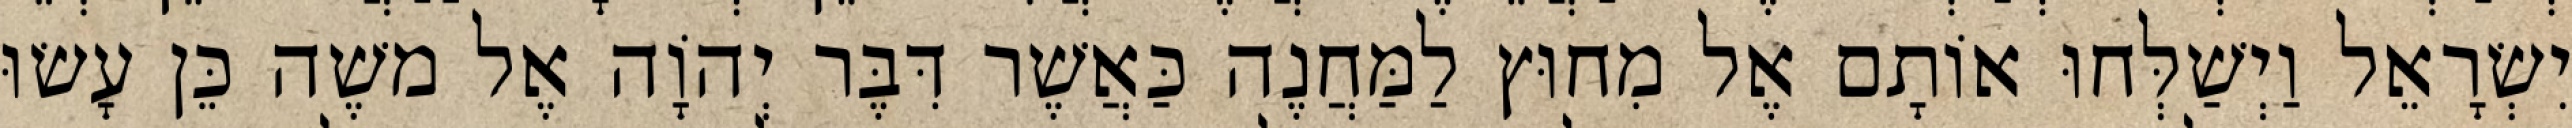
יִשְׂרָאֵל וַיְשַׁלְּחוּ אוֹתָם אֶל מִחוּץ לַמַּחֲנֶה כַּאֲשֶׁר דִּבֶּר יְהוָֹה אֶל משֶׁה כֵּן עָשׂוּ